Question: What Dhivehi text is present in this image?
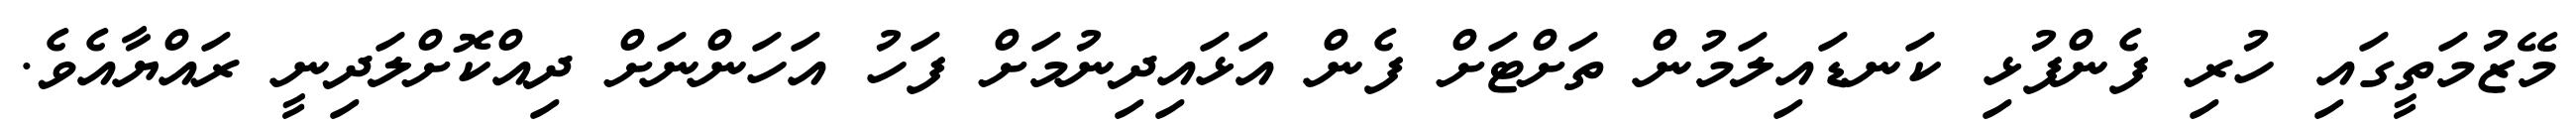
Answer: މޭޒުމަތީގައި ހުރި ފެންފުޅި ކަނޑައިލަމުން ތަށްޓަށް ފެން އަޅައިދިނުމަށް ފަހު އަހަންނަށް ދިއްކޮށްލަދިނީ ރައްޔާއެވެ.